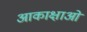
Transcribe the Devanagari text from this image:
आकाक्षाओं